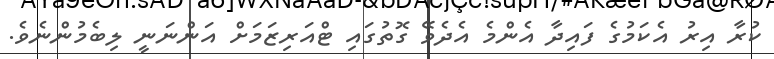
ކުރާ އިރު އެކަމުގެ ފައިދާ އެންމެ އެދެވޭ ގޮތުގައި ޓްއަރިޒަމަށް އަންނަނީ ލިބެމުންނެވެ.